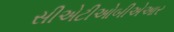
સીએટીઓબીએઆર